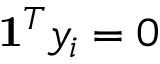
\mathbf { 1 } ^ { T } y _ { i } = 0